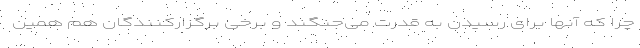
چرا که آنها برای رسیدن به قدرت می‌جنگند و برخی برگزارکنندگان هم همین